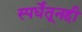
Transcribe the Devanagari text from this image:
स्पर्धेतूनही